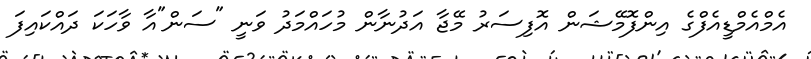
އެމްއެމްޑީއެފްގެ އިންފޮމޭޝަން އޮފިސަރު މޭޖާ އަދުނާން މުހައްމަދު ވަނީ "ސަން"އާ ވާހަކަ ދައްކައިފަ